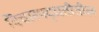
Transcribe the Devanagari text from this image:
विचारपद्धतीतील